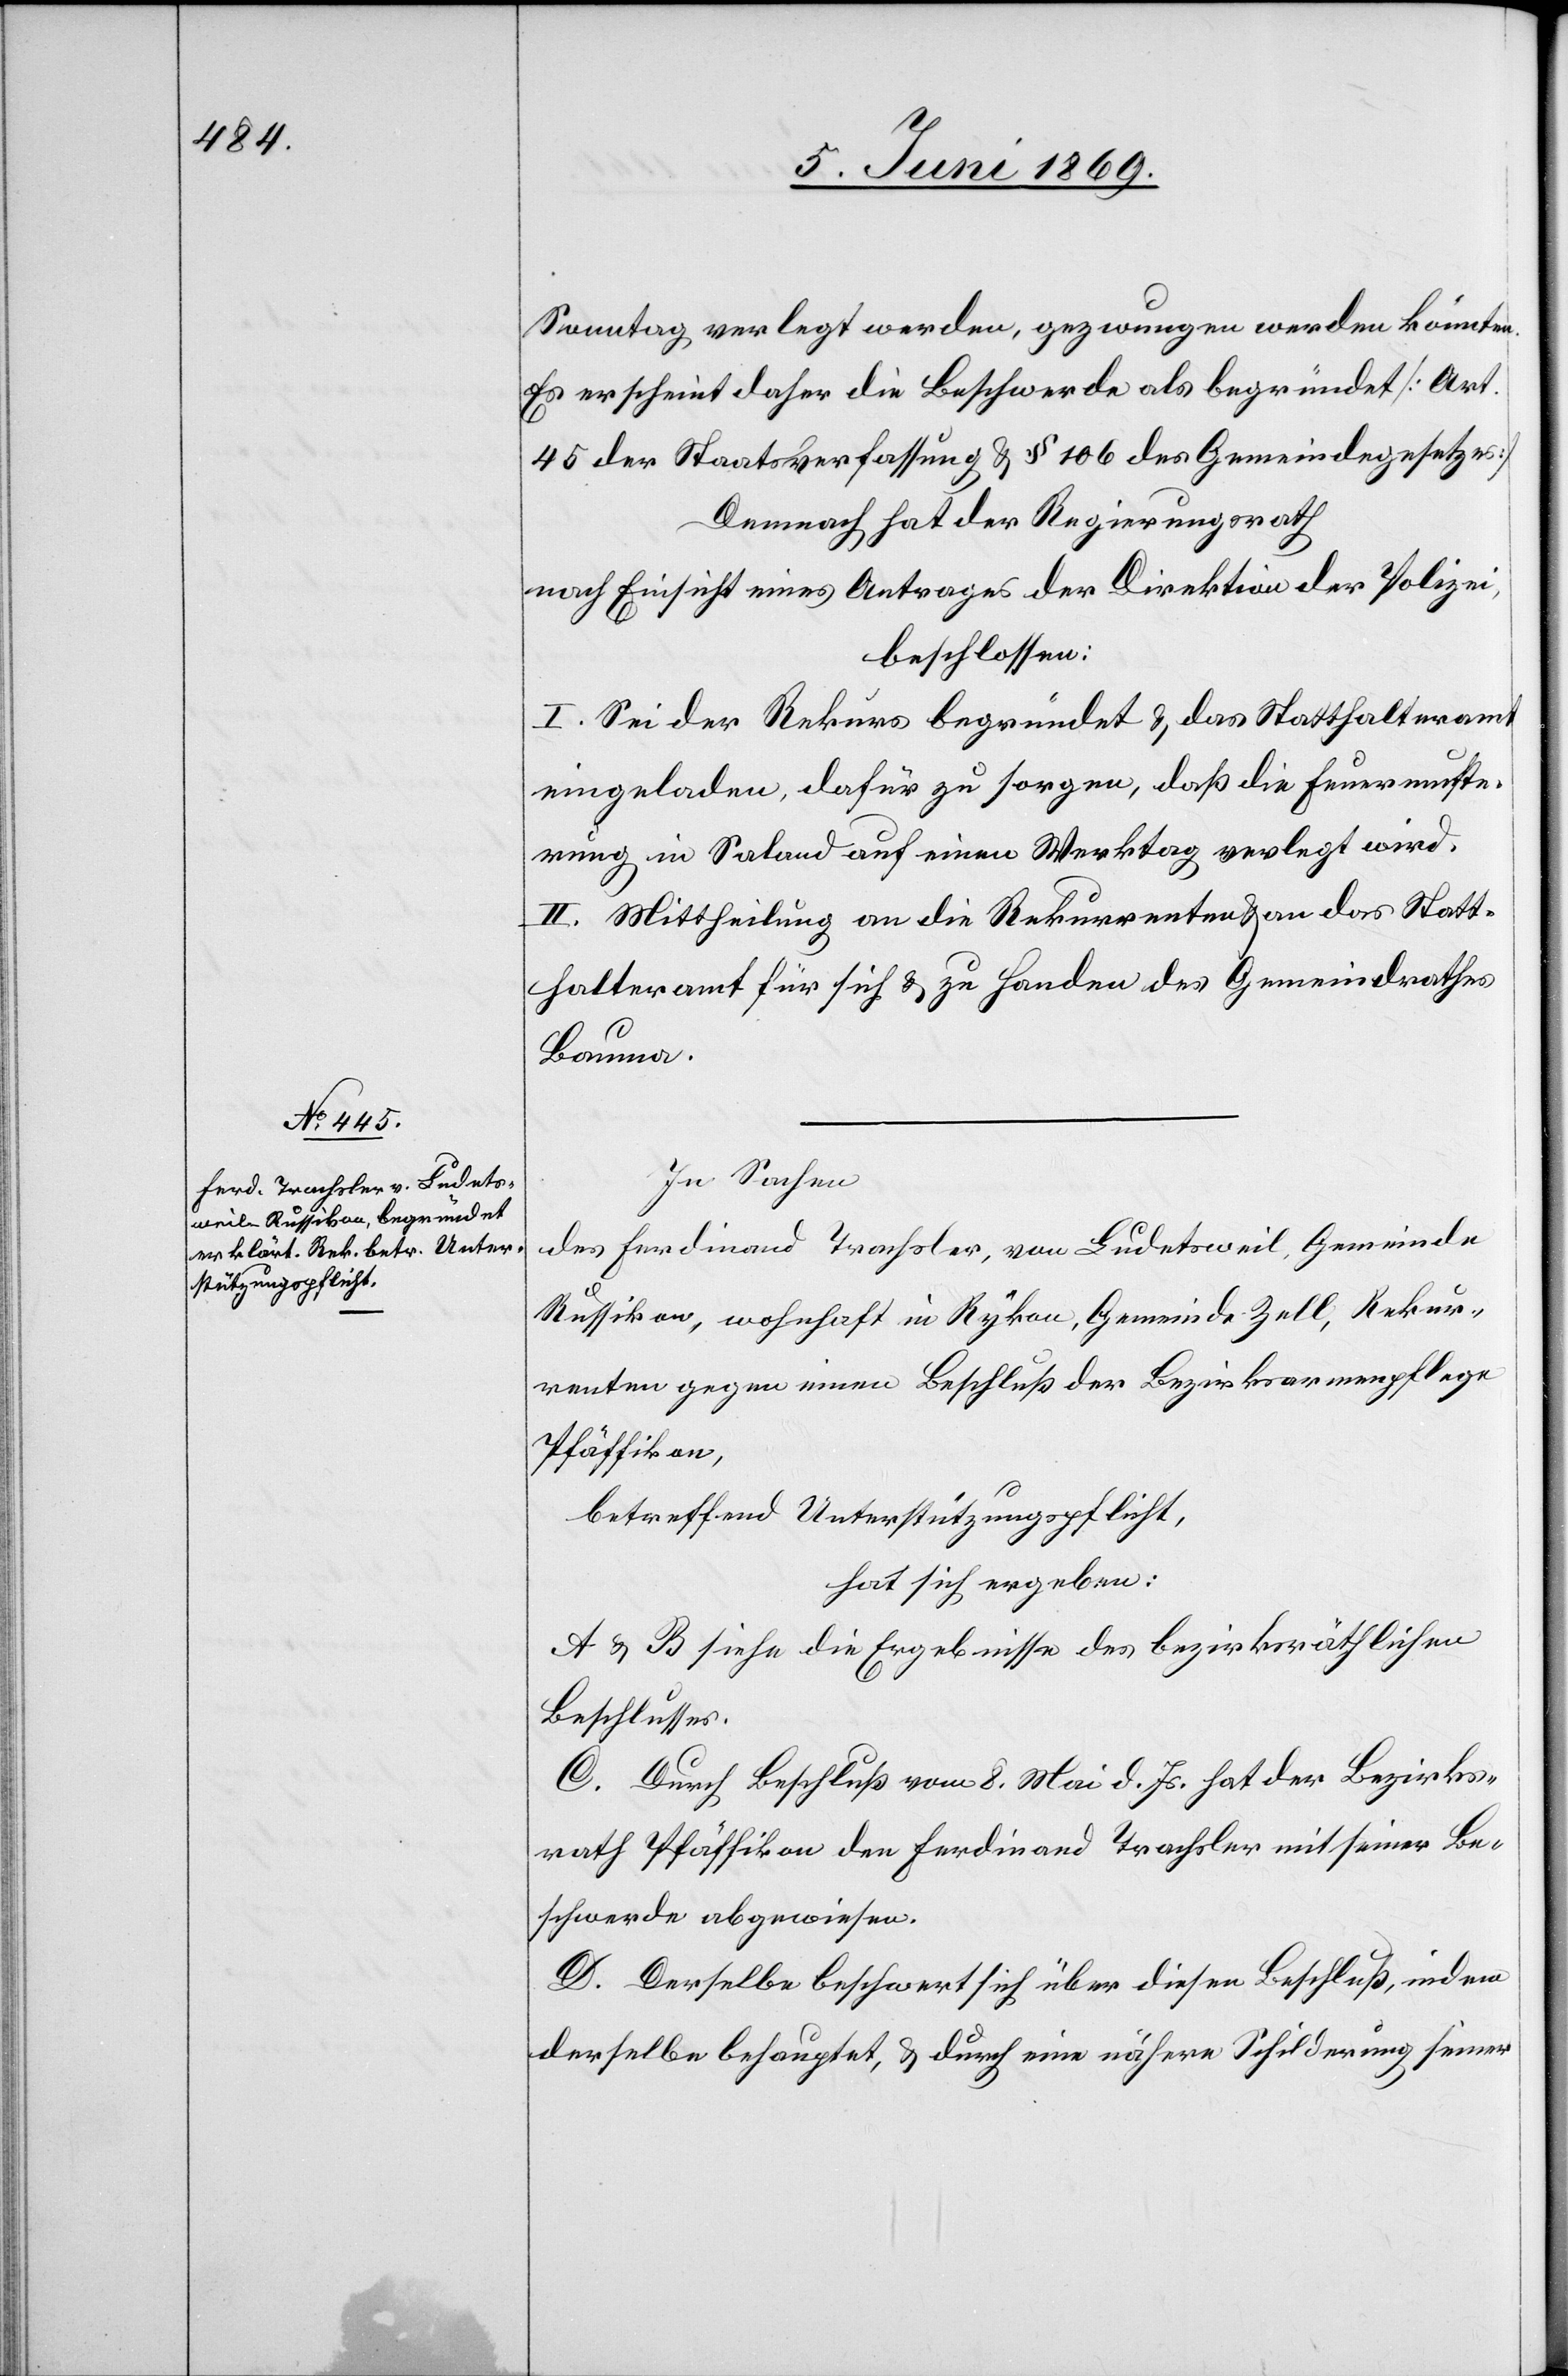
Sonntag verlegt werden, gezwungen werden könnten.
Es erscheint daher die Beschwerde als begründet [Art.
45 der Staatsverfassung u. § 106 des Gemeindegesetzes]
Demnach hat der Regierungsrath
nach Einsicht eines Antrages der Direktion der Polizei,
beschlossen:
I. Sei der Rekurs begründet u. das Statthalteramt
eingeladen, dafür zu sorgen, daß die Feuermuste¬
rungen in Saland auf einen Werktag verlegt wird.
II. Mittheilung an die Rekurrenten u. an das Statt¬
halteramt für sich u. zu Handen des Gemeindrathes.
In Sachen
des Ferdinand Trachsler, von Ludetsweil, Gemeinde
Russikon, wohnhaft in Rykon, Gemeinde Zell, Rekur¬
renten gegen einen Beschluß der Bezirksarmenpflege
Pfäffikon,
betreffend Unterstützungspflicht,
hat sich ergeben:
A u. B siehe die Ergebnisse des bezirksräthlichen
Beschlusses.
C. Durch Beschluß vom 8. Mai d. Js. hat der Bezirks¬
rath Pfäffikon den Ferdinand Trachsler mit seiner Be¬
schwerde abgewiesen.
D. Derselbe beschwert sich über diesen Beschluß, indem
derselbe behauptet, u. durch eine nähere Schilderung seiner